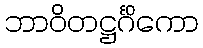
ဘာဝိတဋ္ဌင်္ဂိကော